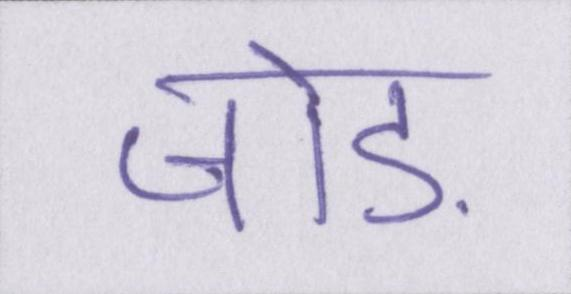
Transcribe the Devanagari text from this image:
जोड़